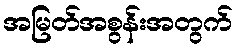
အမြတ်အစွန်းအတွက်